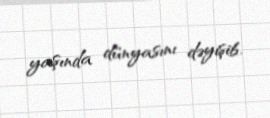
yaşında dünyasını dəyişib.